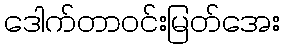
ဒေါက်တာဝင်းမြတ်အေး